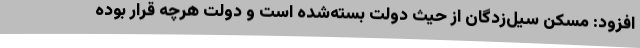
افزود: مسکن سیل‌زدگان از حیث دولت بسته‌شده است و دولت هرچه قرار بوده